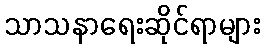
သာသနာရေးဆိုင်ရာများ